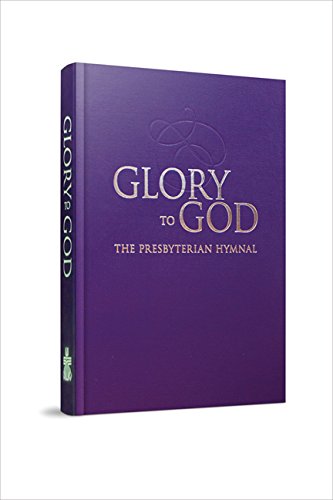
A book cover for Glory to God (Purple Pew Edition, Presbyterian); Christian Books & Bibles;